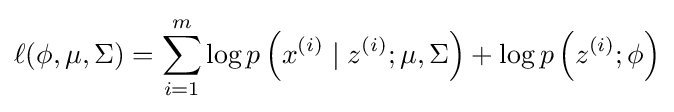
\ell (\phi ,\mu ,\Sigma )=\sum _{i=1}^{m}\log p\left(x^{(i)}\mid z^{(i)};\mu ,\Sigma \right)+\log p\left(z^{(i)};\phi \right)